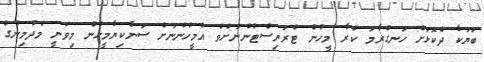
ބަޔަކާ ދެކޮޅަށް ހަނގުރާމަ ކުރާ މީހުން ޓެރަރިސްޓުންނަށްވެ އެމީހުންނަށް ސަނާކިޔާމީހުން މިވަނީ މެދުމިނުގެ